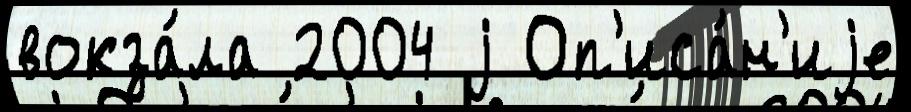
вокза́ла 2004 j Оп'иса́н'иjе